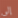
إلى